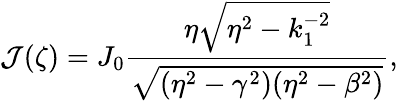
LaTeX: \mathcal{J}(\zeta)=J_{0}\frac{\eta\sqrt{\eta^{2}-k_{1}^{-2}}}{\sqrt{(\eta^{2}-\gamma^{2})(\eta^{2}-\beta^{2})}},